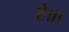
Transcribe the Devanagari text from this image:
हे।।।